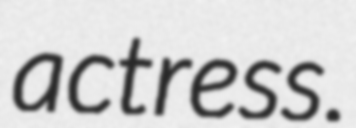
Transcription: actress.